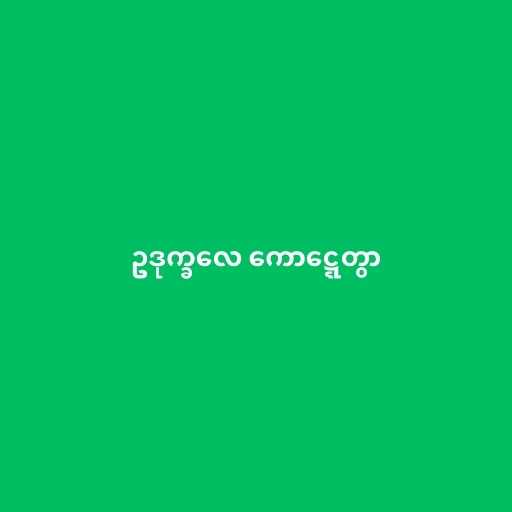
ဥဒုက္ခလေ ကောဋ္ဋေတွာ